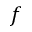
f